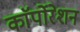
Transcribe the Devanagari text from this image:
काॅर्पोरेशन